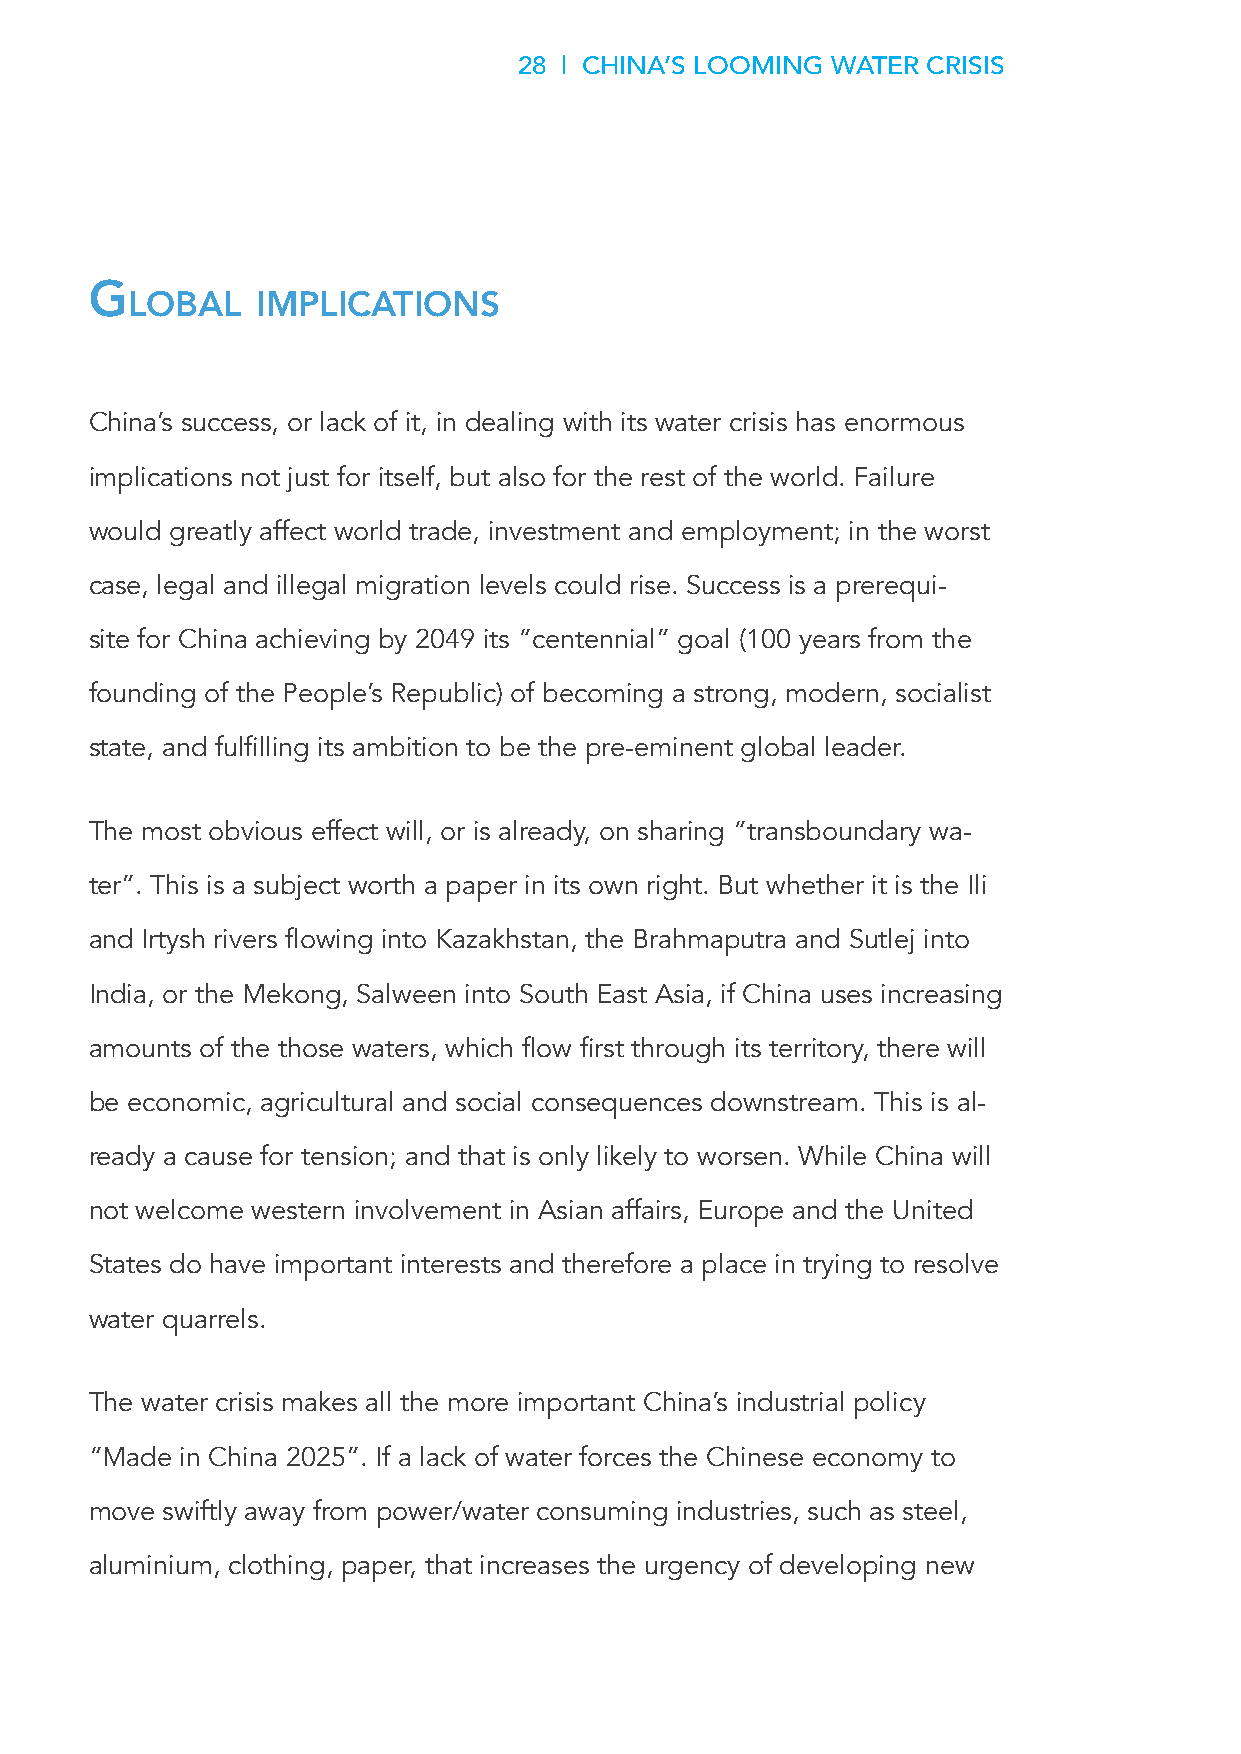
28 | CHINA’S LOOMING WATER CRISIS
 g
 lobal    ImplICatIons
 China’s success, or lack of it, in dealing with its water crisis has enormous
 implications not just for itself, but also for the rest of the world. Failure
 would greatly affect world trade, investment and employment; in the worst
 case, legal and illegal migration levels could rise. Success is a prerequi-
 site for China achieving by 2049 its “centennial” goal (100 years from the
 founding of the People’s Republic) of becoming a strong, modern, socialist
 state, and fulfilling its ambition to be the pre-eminent global leader.
 The most obvious effect will, or is already, on sharing “transboundary wa-
 ter”. This is a subject worth a paper in its own right. But whether it is the Ili
 and Irtysh rivers flowing into Kazakhstan, the Brahmaputra and Sutlej into
 India, or the Mekong, Salween into South East Asia, if China uses increasing
 amounts of the those waters, which flow first through its territory, there will
 be economic, agricultural and social consequences downstream. This is al-
 ready a cause for tension; and that is only likely to worsen. While China will
 not welcome western involvement in Asian affairs, Europe and the United
 States do have important interests and therefore a place in trying to resolve
 water quarrels.
 The water crisis makes all the more important China’s industrial policy
 “Made in China 2025”. If a lack of water forces the Chinese economy to
 move swiftly away from power/water consuming industries, such as steel,
 aluminium, clothing, paper, that increases the urgency of developing new